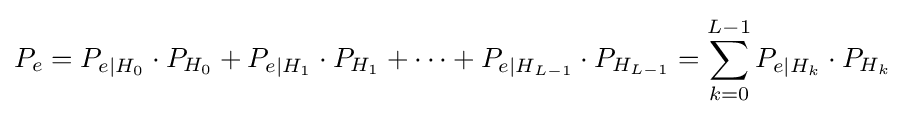
P_{e}=P_{e|H_{0}}\cdot P_{H_{0}}+P_{e|H_{1}}\cdot P_{H_{1}}+\cdots +P_{e|H_{L-1}}\cdot P_{H_{L-1}}=\sum _{k=0}^{L-1}P_{e|H_{k}}\cdot P_{H_{k}}